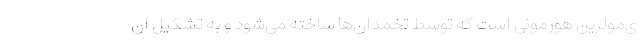
ی‌مولرین هورمونی است که توسط تخمدان‌ها ساخته می‌شود و به تشکیل ان